Civil Veterinary Department. Central Provinces & Berar 1932-41 - 1932-1941
Year: 1932
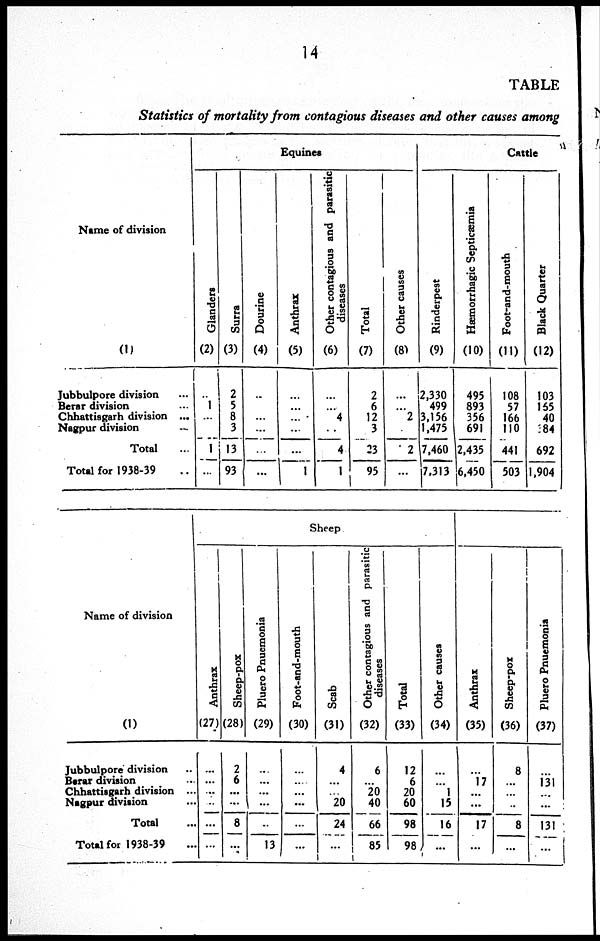
14
TABLE
Statistics of mortality from contagious diseases and other causes among
Name of division
(1)
Jubbulpore division ...
Berar division ...
Chhattisgarh division ...
Nagpur division ...
Total ...
Total for 1938-39
Equines
Glanders
(2)
...
1
...
...
1
...
Surra
(3)
2
5
8
3
13
93
Dourine
(4)
...
...
...
...
..
...
Anthrax
(5)
...
...
...
...
...
1
Other contagious and parasitic
diseases
(6)
...
...
4
...
4
1
Total
(7)
2
6
12
3
23
95
Other causes
(8)
...
2
...
2
...
Cattle
Rinderpest
(9)
2,330
499
3,156
1,475
7,460
7,313
Hæmorrhagic Septicæmia
(10)
495
893
356
691
2,435
6,450
Foot-and-mouth
(11)
108
57
166
110
441
503
Black Quarter
(12)
103
155
40
84
692
1,904
Name of division
(1)
Jubbulpore division ...
Berar division ...
Chhattisgarh division ...
Nagpur division ...
Total ...
Total for 1938-39 ...
Sheep
Anthrax
(27)
...
...
...
...
...
...
Sheep-pox
(28)
2
6
...
...
8
...
Pluero Pnuemonia
(29)
...
...
...
...
...
13
Foot-and-mouth
(30)
...
...
...
...
...
...
Scab
(31)
4
...
...
20
24
...
Other contagious and parasitic
diseases
(32)
6
...
20
40
66
85
Total
(33)
12
6
20
60
98
98
Other causes
(34)
...
...
1
15
16
...
Anthrax
(35)
...
17
...
...
17
...
Sheep-pox
(36)
8
...
...
..
8
...
Pluero Pnuemonia
(37)
...
131
...
...
131
...